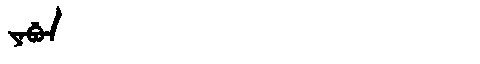
Manchu: ᠶᠠᠪᡠᠨ
Romanization: YABUN